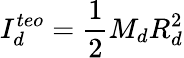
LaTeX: I_{d}^{teo}=\frac{1}{2}M_{d}R_{d}^{2}